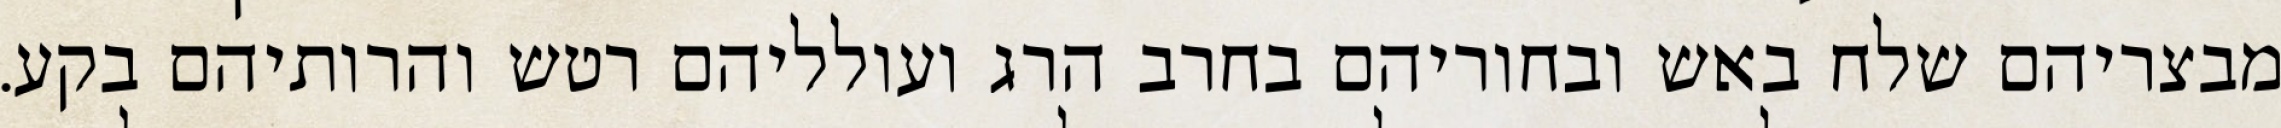
מבצריהם שלח באש ובחוריהם בחרב הרג ועולליהם רטש והרותיהם בקע.